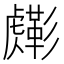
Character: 𧈎